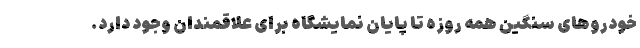
خودروهای سنگین همه روزه تا پایان نمایشگاه برای علاقمندان وجود دارد.